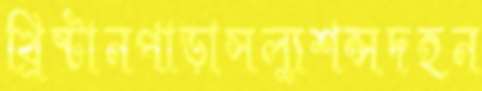
খ্রিষ্টানপাড়াসল্যুশন্সদহন